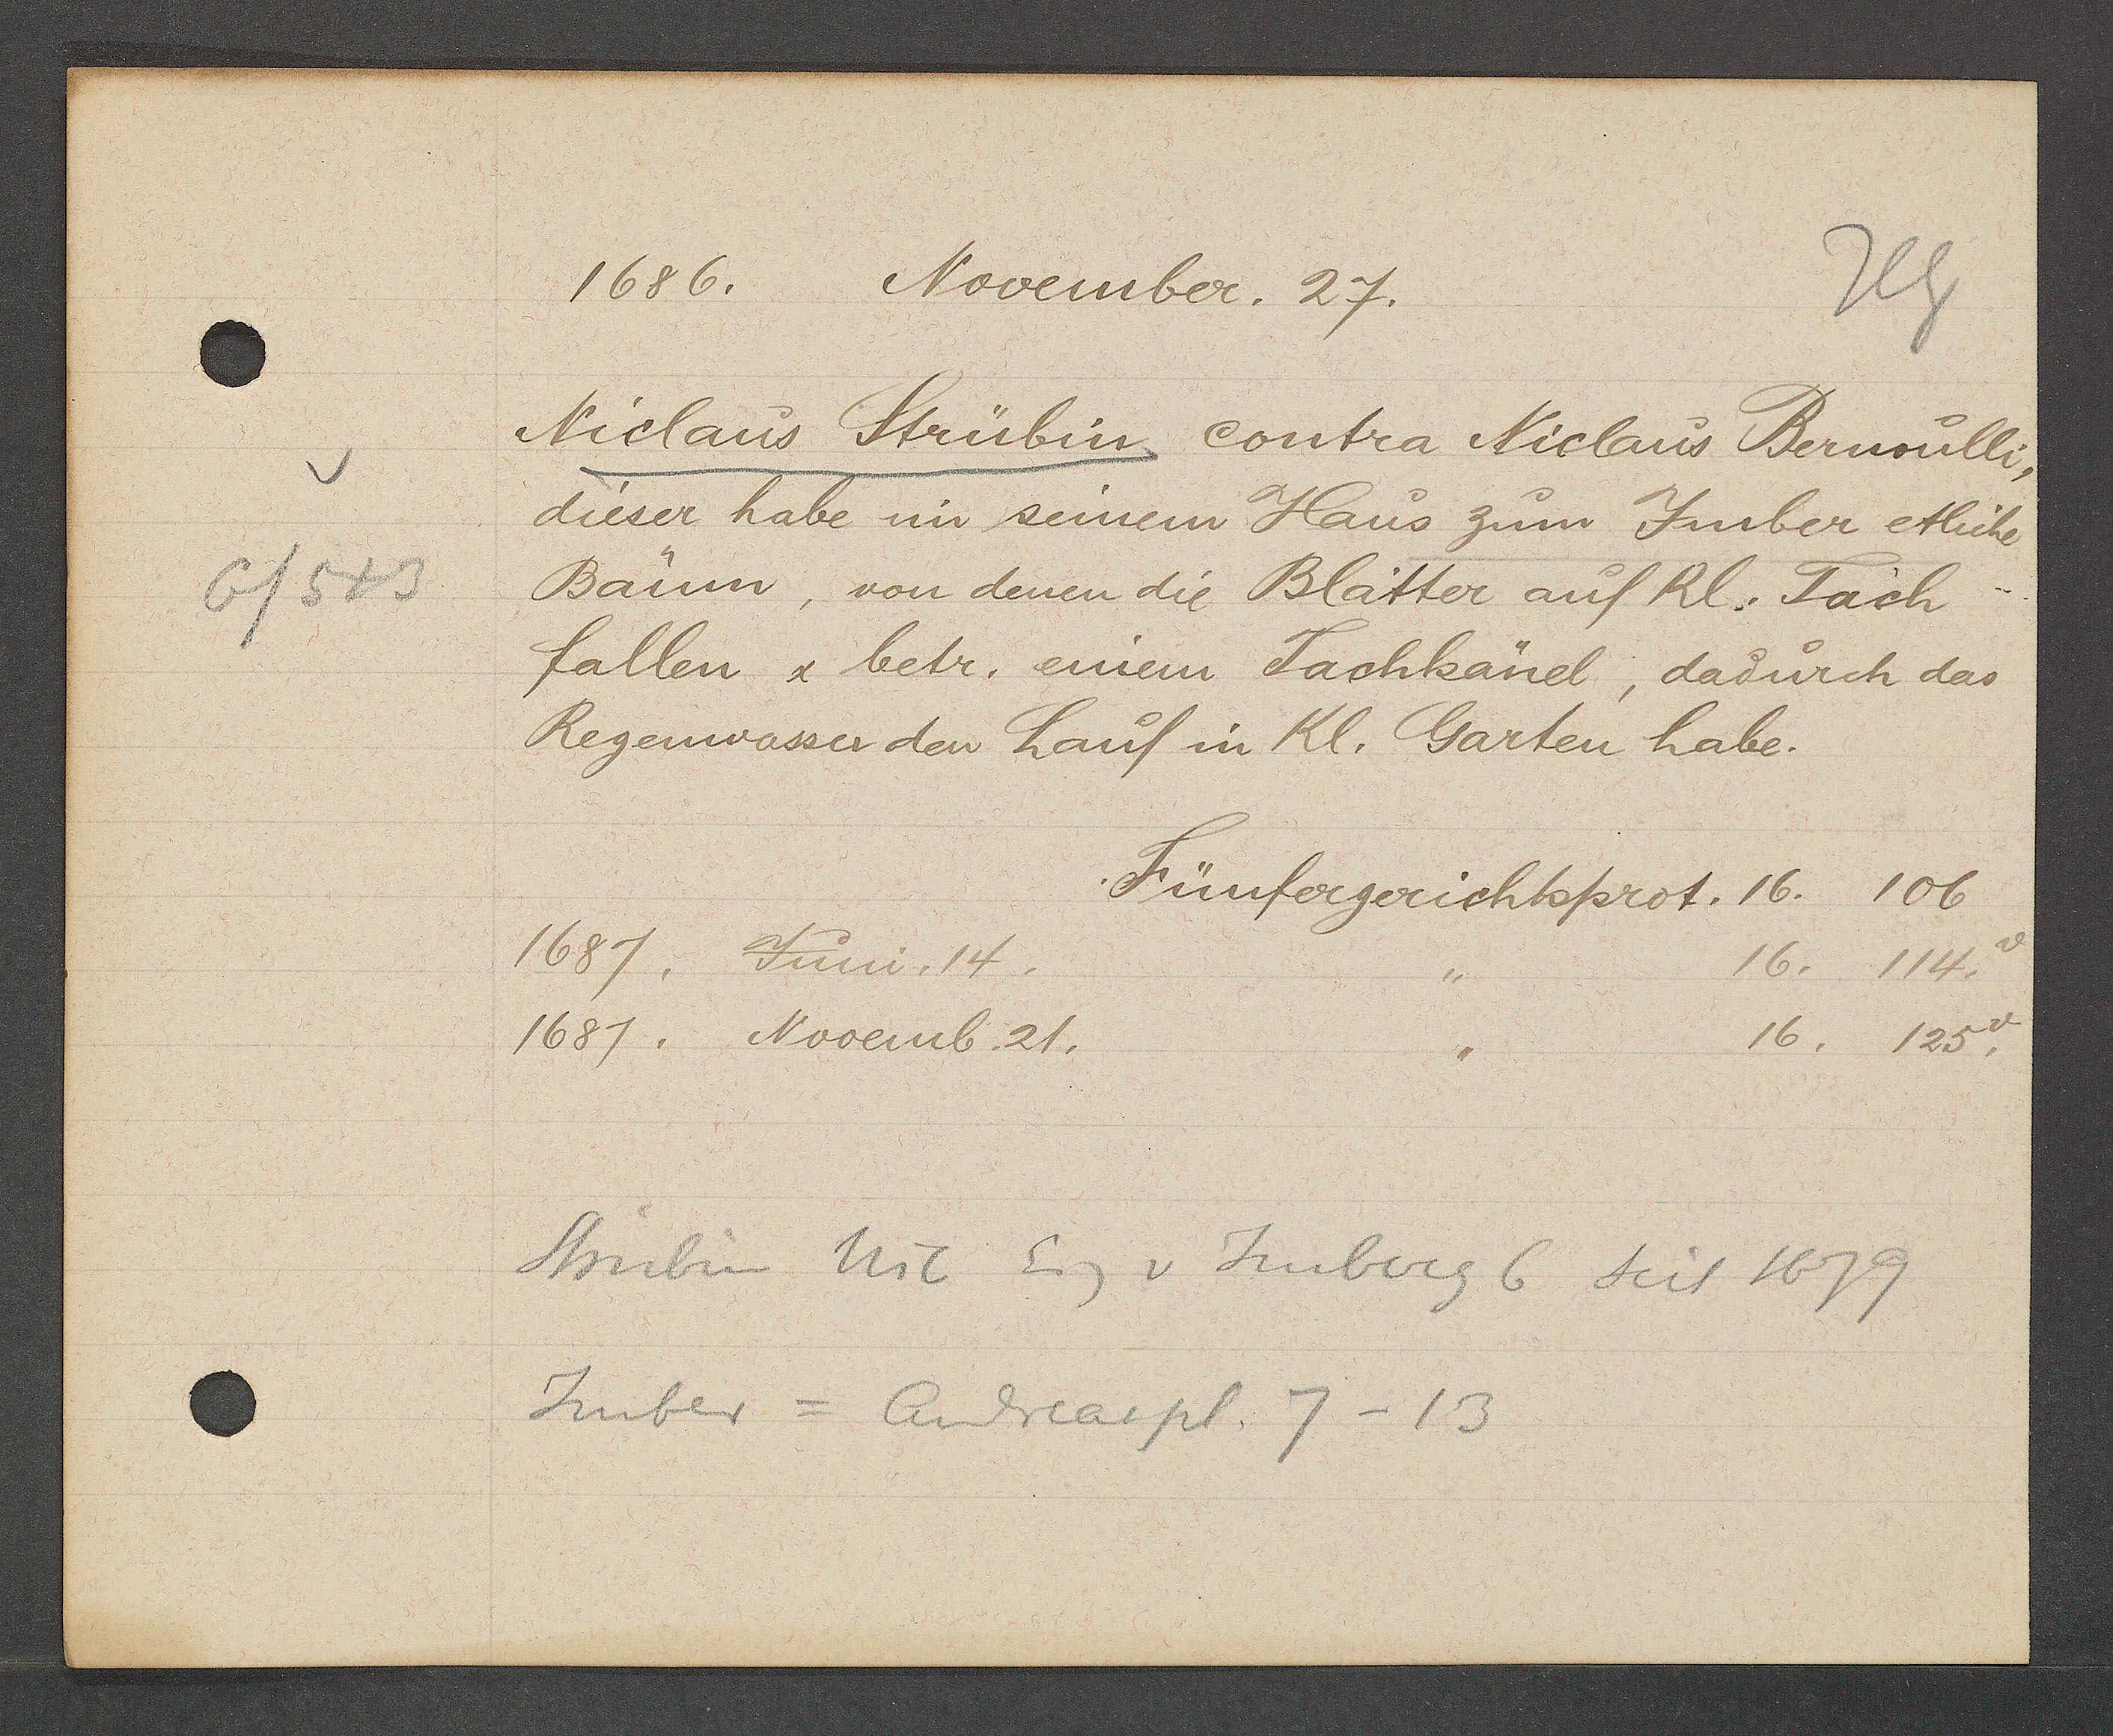
Transcript:
6/543

1686. November. 27.

Niclaus Strübin contra Niclaus Bernoulli,
dieser habe im seinem Haus zum Juber etliche
Baüm, von denen die Blätter auf Kl. Tach
fallen & betr. einem Tachkänel, dadurch das
Regenwasser den Lauf in Kl. Garten habe.

Fünfergerichtsprot. 16. 106

1687.
Juni. 14.
16. 114.
16. 125.
1681. Novemb. 21.
Strübin Nic Eig v Imberg 6 seit 1679
Imber = Andreaspl. 7-13